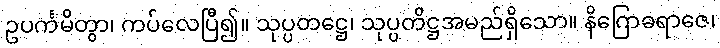
ဥပင်္ကမိတွာ၊ ကပ်လေပြီ၍။ သုပ္ပတဋ္ဌေ၊ သုပ္ပတိဋ္ဌအမည်ရှိသော။ နိဂြောဓရာဇေ၊